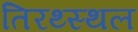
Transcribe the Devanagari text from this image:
तिरथ्स्थल